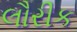
લૌરીક